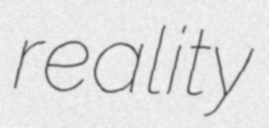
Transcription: reality